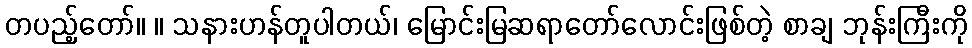
တပည့်တော်။ ။ သနားဟန်တူပါတယ်၊ မြောင်းမြဆရာတော်လောင်းဖြစ်တဲ့ စာချ ဘုန်းကြီးကို